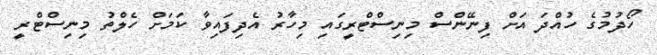
ހޯދުމުގެ ހުއްދަ އަށް ފިނޭންސް މިނިސްޓްރީގައި މިހާރު އެދިފައިވާ ކަމަށް ހެލްތު މިނިސްޓްރީ